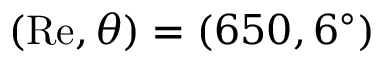
( \mathrm { R e } , \theta ) = ( 6 5 0 , 6 ^ { \circ } )